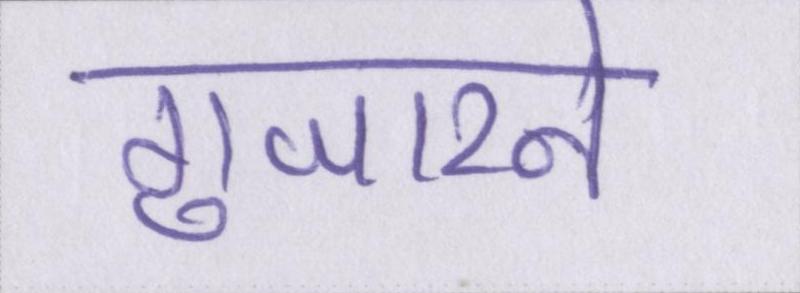
गुजारने